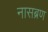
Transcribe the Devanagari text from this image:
नासब्रण